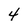
Character: 4